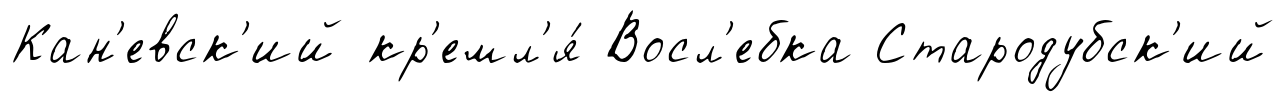
Кан'евск'ий кр'емл'я́ Восл'ебка Стародубск'ий